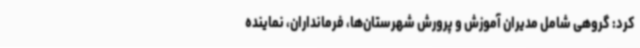
کرد: گروهی شامل مدیران آموزش و پرورش شهرستان‌ها، فرمانداران، نماینده